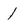
Character: 1